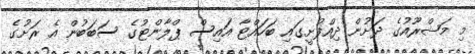
މި މަޝްރޫއުގެ ދަށުން ދިއްފުށީގައި ބަހައްޓާ އައިސް ޕްލާންޓުގެ ސަބަބުން އެ ރަށުގެ